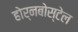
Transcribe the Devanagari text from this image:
होर्नबोस्टेल